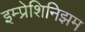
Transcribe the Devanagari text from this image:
इम्प्रेशिनिझम